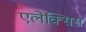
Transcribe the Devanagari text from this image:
एलेक्‍सिस